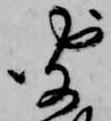
聞